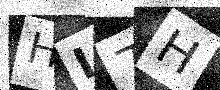
Text: HI7H